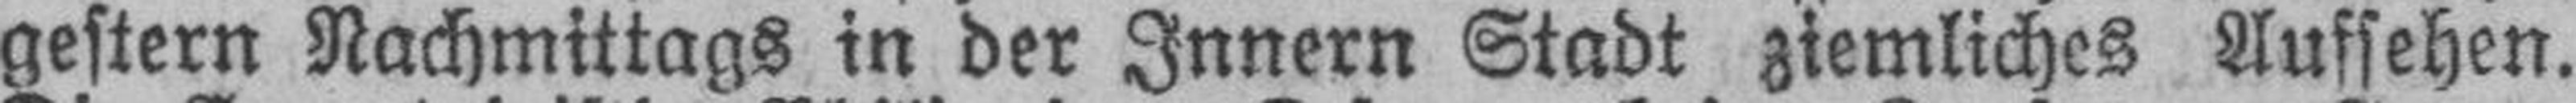
gestern Nachmittags in der Innern Stadt ziemliches Aufsehen.